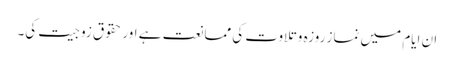
ان ایام میں نماز روزہ وتلاوت کی ممانعت ہے اور حقوق زوجیت کی۔